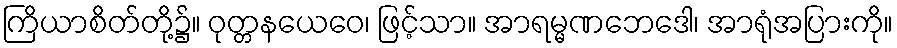
ကြိယာစိတ်တို့၌။ ဝုတ္တနယေဝေ၊ ဖြင့်သာ။ အာရမ္မဏဘေဒေါ၊ အာရုံအပြားကို။